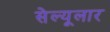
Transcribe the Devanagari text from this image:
सेल्यूलार